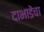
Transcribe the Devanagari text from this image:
दाभाडेंचा